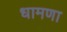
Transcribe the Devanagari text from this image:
धामणा